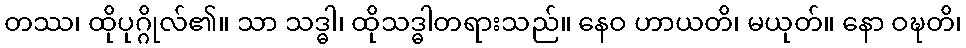
တဿ၊ ထိုပုဂ္ဂိုလ်၏။ သာ သဒ္ဓါ၊ ထိုသဒ္ဓါတရားသည်။ နေဝ ဟာယတိ၊ မယုတ်။ နော ဝဍ္ဎတိ၊